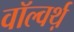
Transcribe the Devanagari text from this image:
वॉल्वर्थ़